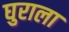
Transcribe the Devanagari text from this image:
घुराला